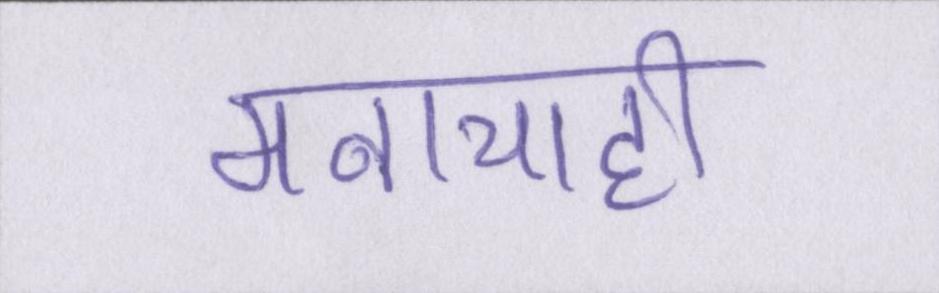
मनाचाही